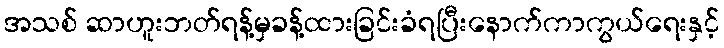
အသစ် ဆာဟူးဘတ်ရန့်မှခန့်ထားခြင်းခံရပြီးနောက်ကာကွယ်ရေးနှင့်